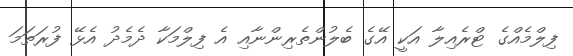
ފިލްމެއްގެ ޓްރެއިލާ އަކީ އޭގެ ބެލުންތެރިންނާއި އެ ފިލްމަކާ ދެމެދު އެޅޭ ފުރަތަމަ